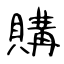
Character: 購